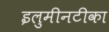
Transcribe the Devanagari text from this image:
इलुमीनटीका